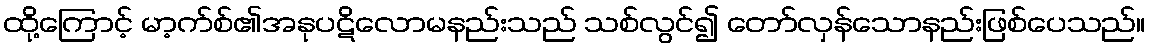
ထို့ကြောင့် မာ့က်စ်၏အနုပဋိလောမနည်းသည် သစ်လွင်၍ တော်လှန်သောနည်းဖြစ်ပေသည်။